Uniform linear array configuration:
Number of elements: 12
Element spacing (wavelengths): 0.25
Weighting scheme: hamming
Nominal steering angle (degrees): -15
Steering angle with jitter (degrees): -15.058
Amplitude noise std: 0.05
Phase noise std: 0.05

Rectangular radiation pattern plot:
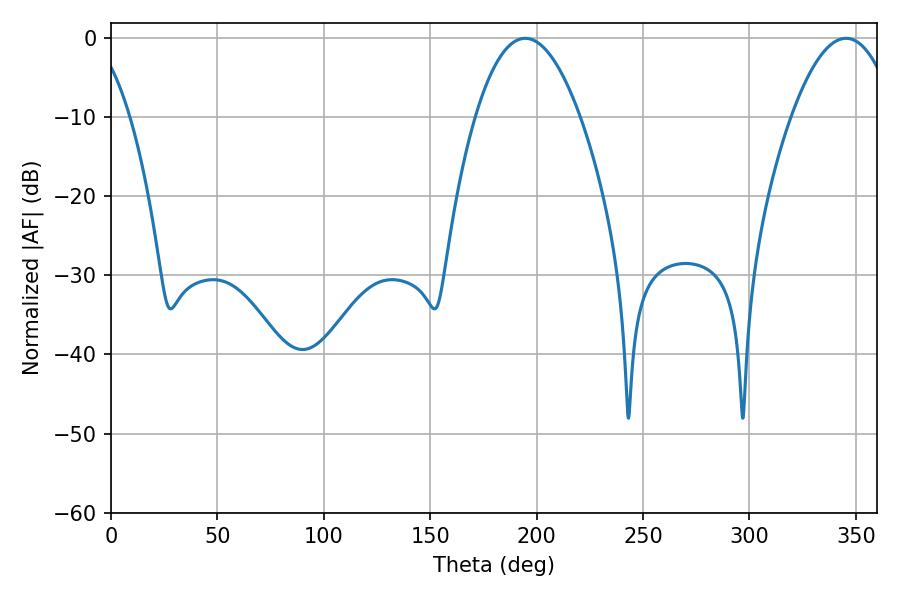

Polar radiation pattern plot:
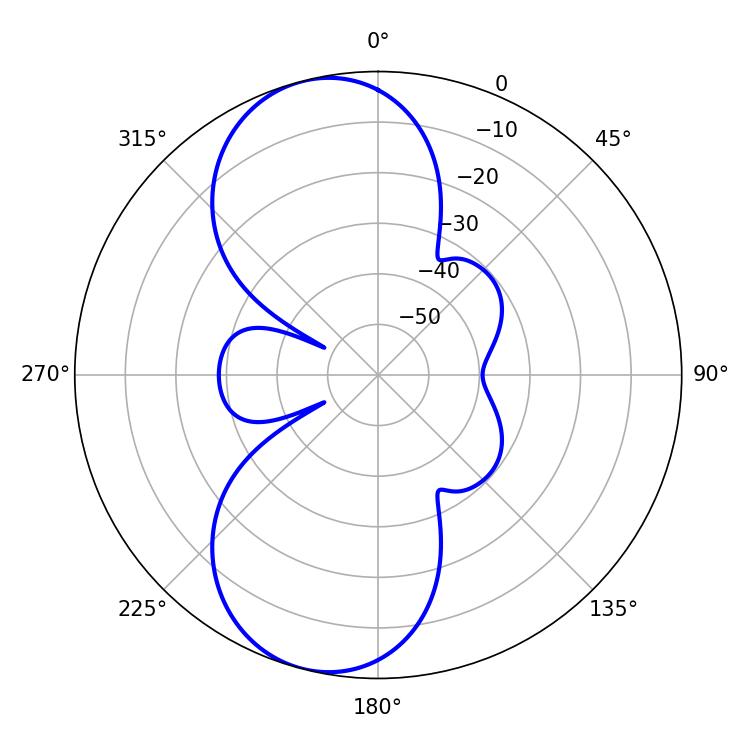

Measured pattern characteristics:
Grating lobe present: FALSE
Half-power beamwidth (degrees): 27.18
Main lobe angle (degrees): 345.42